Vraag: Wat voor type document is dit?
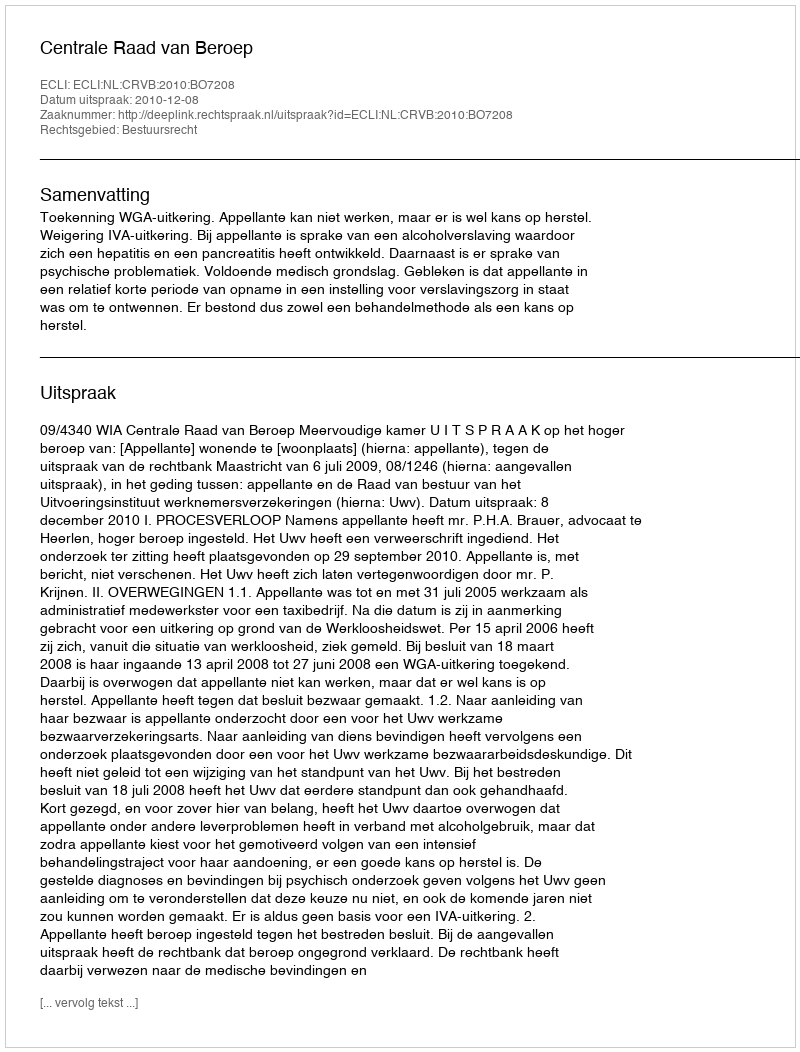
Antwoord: Uitspraak